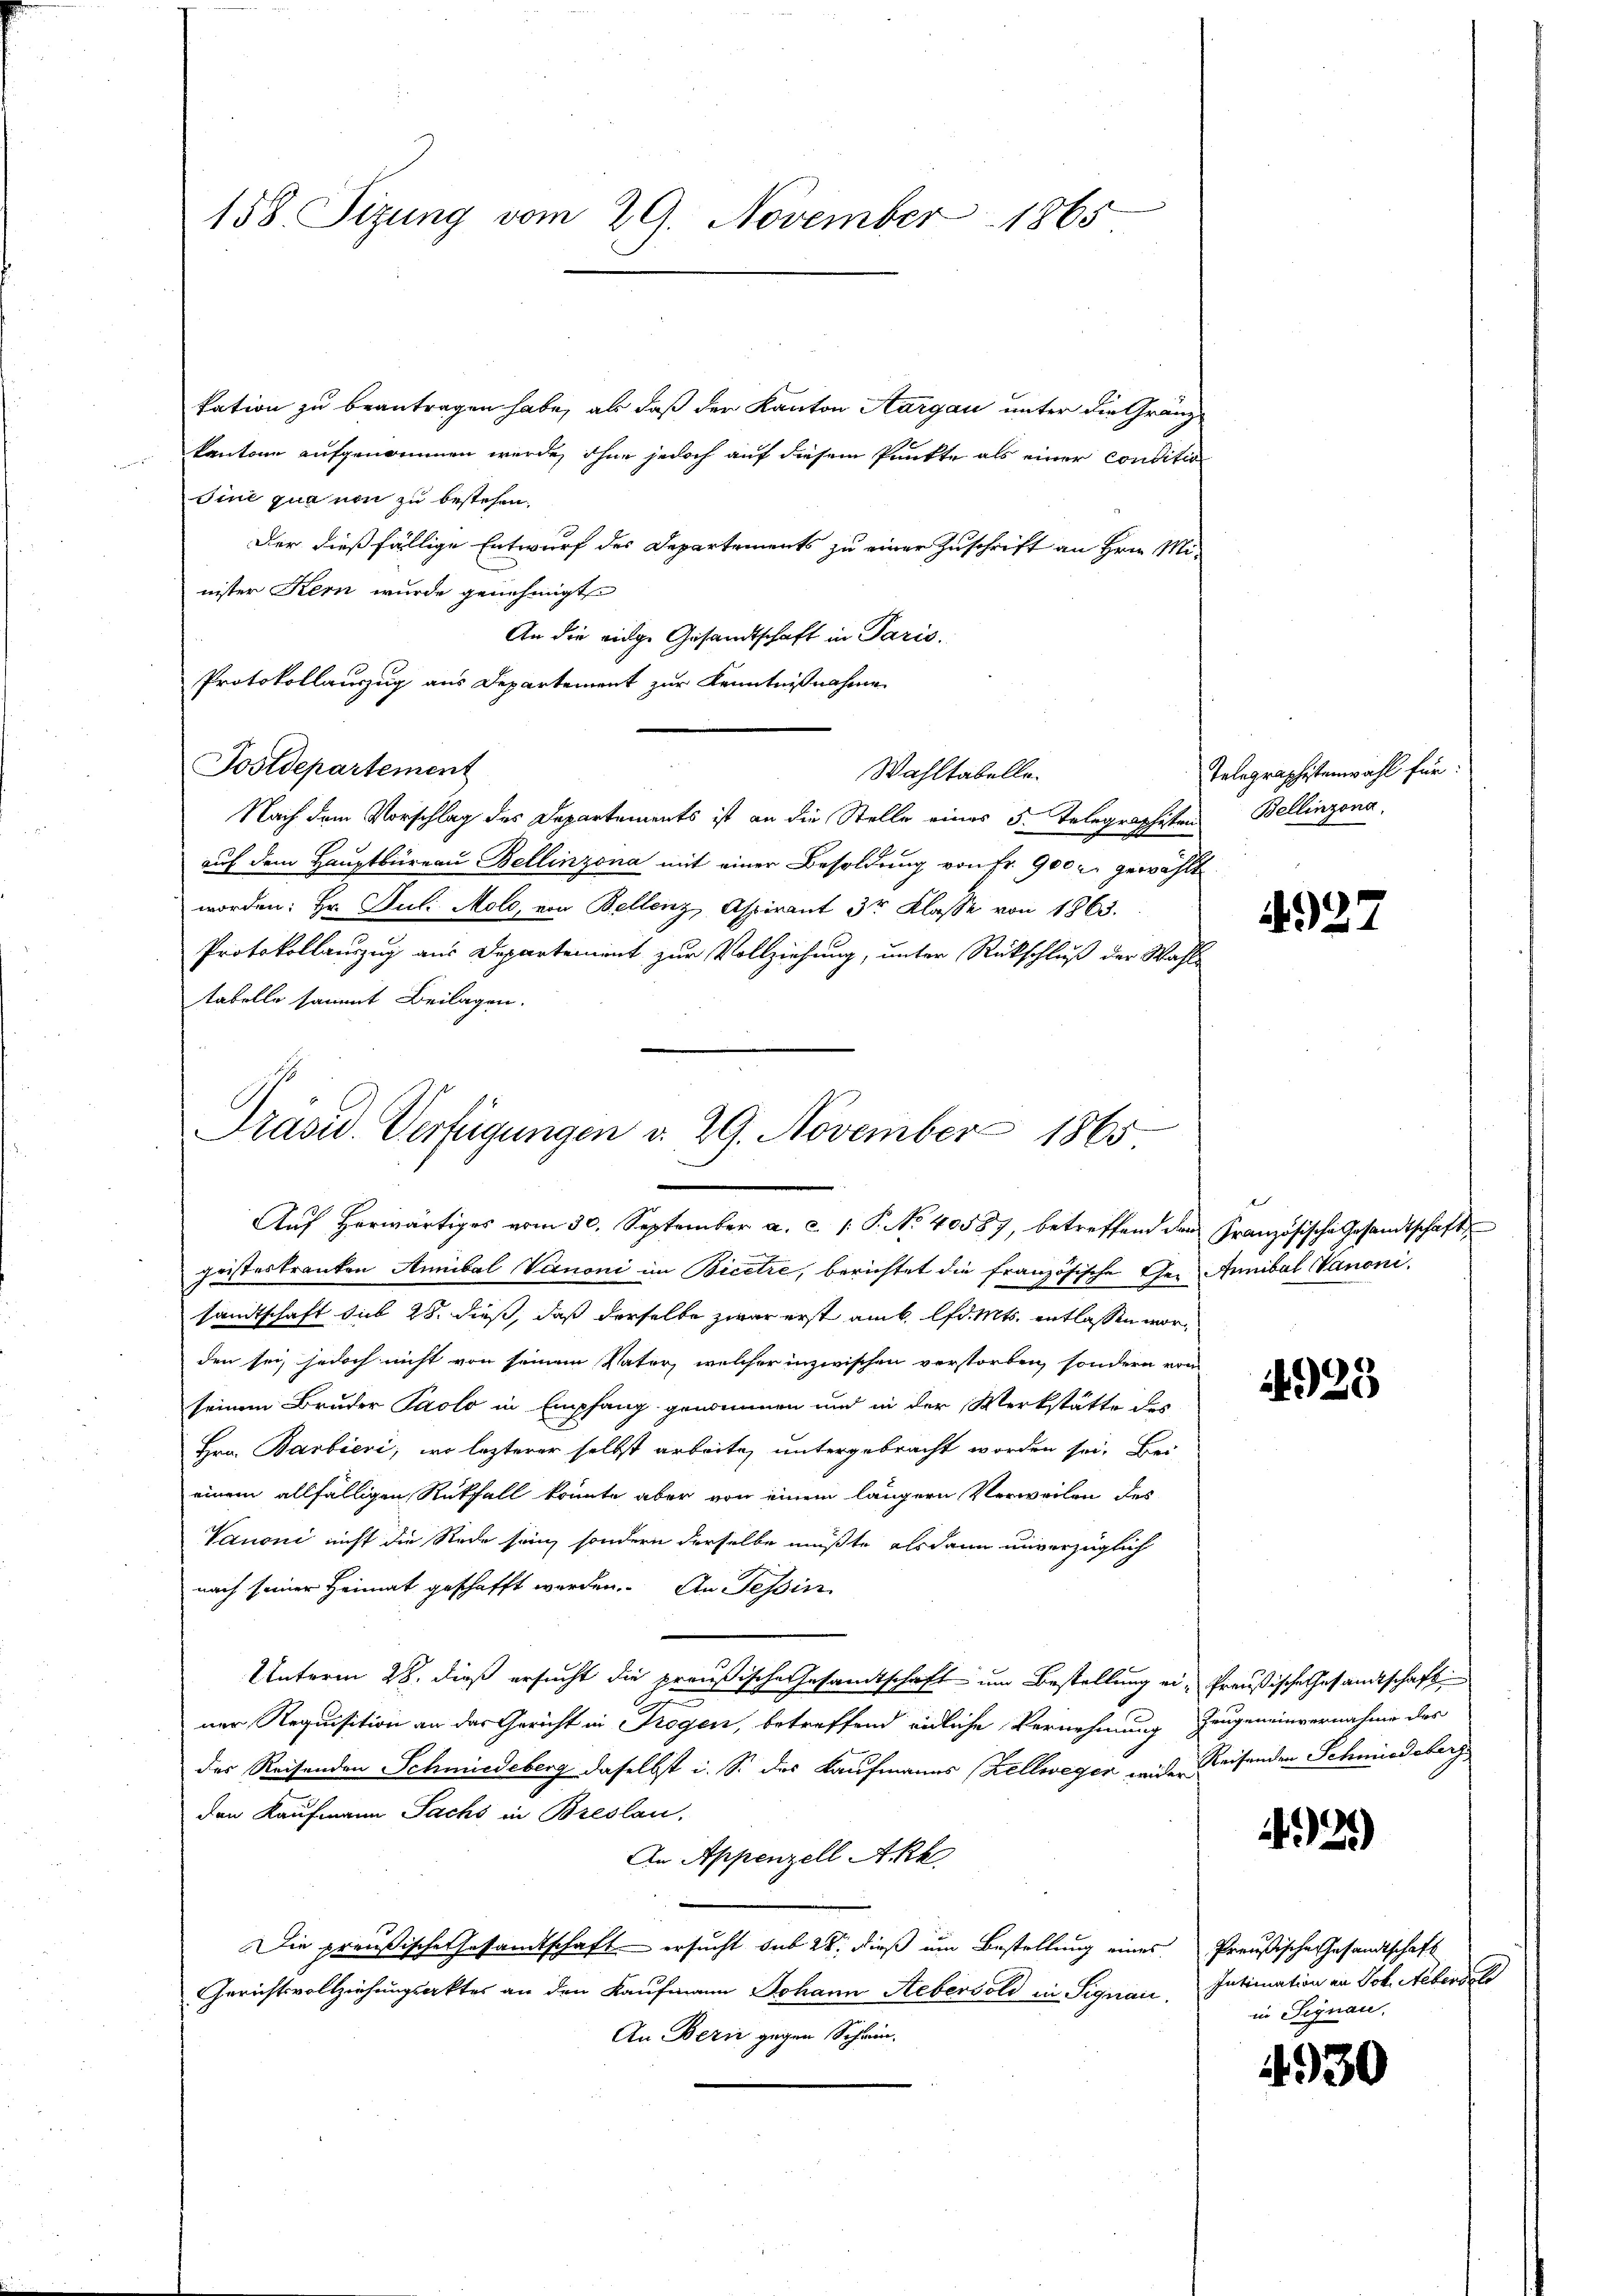
158. Sizung vom 29. November 1865

kation zu beantragen habe, als daß der Kanton Aargau unter die Gränz
kantone aufgenommen werde, ohne jedoch auf diesem Punkte als einer conditio
Sine qua von zu bestehen.
Der dießfällige Entwurf des Departements zu einer Zuschrift an Hrn. Minister Kern wurde genehmigt
An die eige Gesandtschaft in Paris.
Protokollauszug aus Departement zur Kenntnißnahme
Postdepartement
Wahltabelle.
Nach dem Vorschlag des Departements ist an die Stelle eines 5. Telegraphiten Bellinzona,
auf dem Hauptbureau Bellinzona mit einer Besoldung von Fr. 900 u. gewählt
worden: Hr. Juli Mole, von Bellenz, Aspirant 3r Klasse von 1863.
Protokollauszug aus Departement zur Vollziehung, unter Rückschluß der Wahl-
tabelle sammt Beilagen.
Präsid. Verfügungen v. 29. November 1865

Aŭf herwärtiges vom 30. September a. c. 1: P. No 40587, betreffend den Französische Gesandtschaft

geisteskranken Annibal Vernoni im Bicere, berichtet die französische Ge- Annibal Vanonisandtschaft sub 28. dieß, daß derselbe zwar erst am lfd. Mts. entlassen worden sei, jedoch nicht von seinem Vater, welcher inzwischen verstorben, sondern von
seinem Bruder Paolo in Empfang genommen und in der Werkstätte des
Hrn. Barbieri, wo lezterer selbst arbeite, untergebracht worden sei. Bei
einem allfälligen Rückfall konnte aber von einem längern Verweilen des
Vanoni nicht die Rede sein, sondern derselbe müßte alsdann unverzüglich
nach seiner Heimat geschafft worden. An Tessin
Unterm 28. dieß ersucht die preußische Gesamtschaft um Bestellung ei-Preußische Gesandtschaft
ner Requisition an der Gericht in Trogen, betreffend eidliche Vernehmung Zeugeneinvernahme des
das Reisenden Schmiedeberg daselbst i. S. des Kaufmanns (Zellwegen weide Reisenden Schmiedeberg
den Kaufmann Sachs in Breslau,
An Appenzell Akk
Die preußische Gesamtschaft ersucht sub 28. dieß um Bestellung eines Preußische Gesandtschaft
Gerichtsvollziehungsaktes an den Kaufmann Johann Aebersold in Signau. Intimation an Joh. Aebersel
An Berne gegen Schwin-

Telegraphistenwahl für:

4927

t

1925

92)

in Signau.

4930